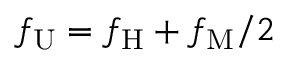
f _ { \mathrm { U } } = f _ { \mathrm { H } } + f _ { \mathrm { M } } / 2